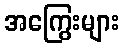
အကြွေးများ